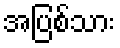
အပြစ်သား